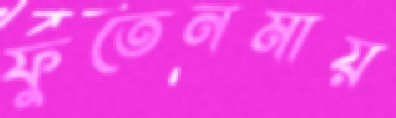
ফুতেনমায়